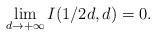
\begin{align*}\lim_{d\rightarrow+\infty}I(1/2d,d)=0.\end{align*}